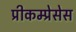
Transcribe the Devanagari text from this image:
प्रीकम्प्रेसेस